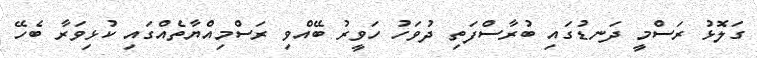
ގަލޮޅު ރަސްމީ ދަނޑުގައި ބުރާސްފަތި ދުވަހު ހަވީރު ބޭއްވި ރަސްމިއްޔާތެއްގައި ކުޅިވަރާ ބެހޭ